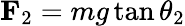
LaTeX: \mathbf{F}_{2}=mg\tan\theta_{2}